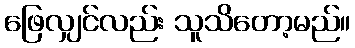
ဖြေလျှင်လည်း သူသိတော့မည်။